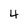
Character: 4